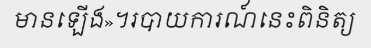
មានឡើង»។របាយការណ៍នេះពិនិត្យ